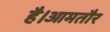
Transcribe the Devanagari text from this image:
है।आमतौर